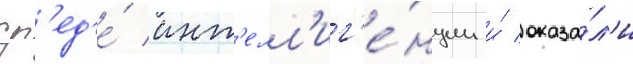
ср'ед'е́ инт'елл'иг'е́нции и́ оказа́л'и